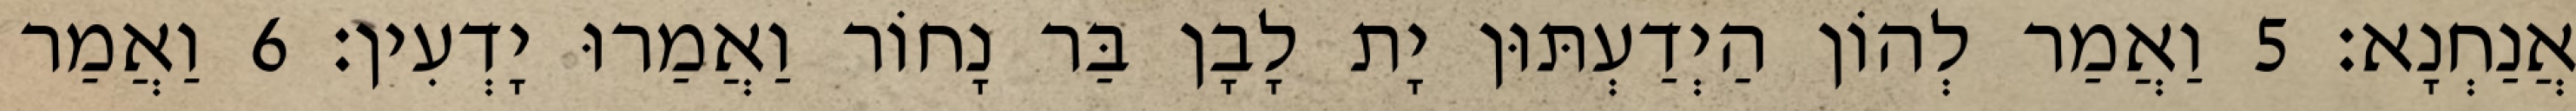
אֲנַחְנָא׃ 5 וַאֲמַר לְהוֹן הַיְדַעְתּוּן יָת לָבָן בַּר נָחוֹר וַאֲמַרוּ יָדְעִין׃ 6 וַאֲמַר